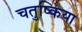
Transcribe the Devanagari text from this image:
चतुष्किया